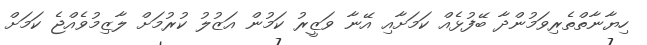
ހިޔާނާތްތެރިވަމުންދާ ބޭފުޅެއް ކަމަށާއި އޭނާ ވަޒީރު ކަމުން އަޒުލު ކުރުމަށް ލާޒިމުވެއްޖެ ކަމަށް